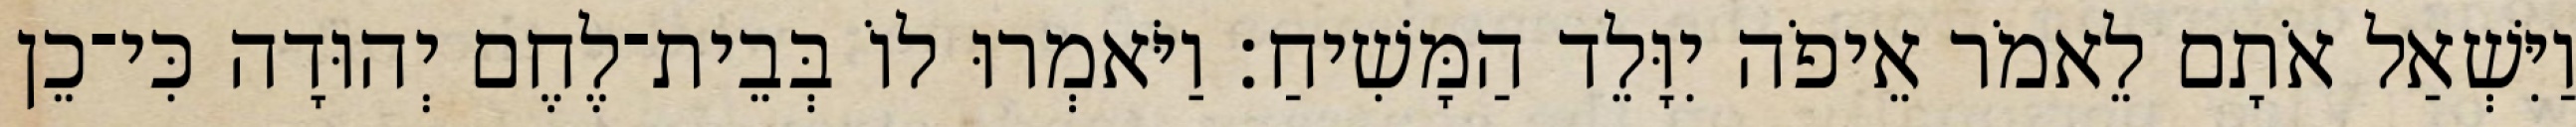
וַיִּשְׁאַל אֹתָם לֵאמֹר אֵיפֹה יִוָּלֵד הַמָּשִׁיחַ׃ וַיֹּאמְרוּ לוֹ בְּבֵית־לֶחֶם יְהוּדָה כִּי־כֵן